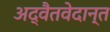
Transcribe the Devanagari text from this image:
अद्वैतवेदान्त